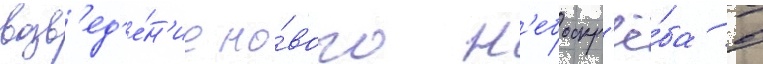
возв'ед'е́н'ие но́вого н'ебоскр'ё́ба в